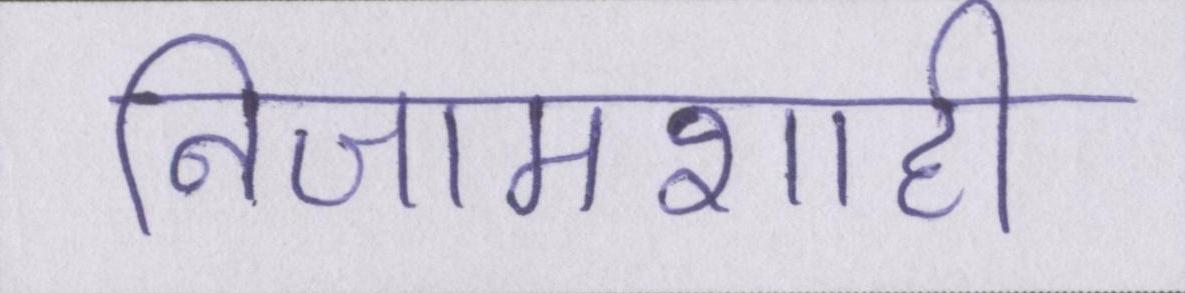
निजामशाही